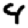
Digit: 4